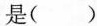
是( )